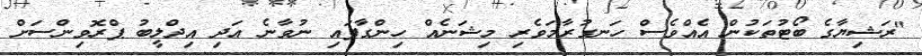
"ރަޝިޔާގެ ބޯޓުތަކުން އެއްވެސް ހަނގުރާމަވެރި މިޝަނެއް ހިންގާފައި ނުވާނެ އަދި އިދްލީބު ޕްރޮވިންސަށް